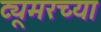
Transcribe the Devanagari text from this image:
ट्यूमरच्या